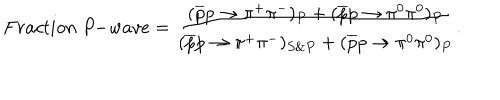
F r a c t i o n \; P \! \! - \! w a v e = { \frac { ( \overline { { { p } } } p \rightarrow \pi ^ { + } \pi ^ { - } ) _ { P } + ( \overline { { { p } } } p \rightarrow \pi ^ { 0 } \pi ^ { 0 } ) _ { P } } { ( \overline { { { p } } } p \rightarrow \pi ^ { + } \pi ^ { - } ) _ { S \& P } + ( \overline { { { p } } } p \rightarrow \pi ^ { 0 } \pi ^ { 0 } ) _ { P } } } .